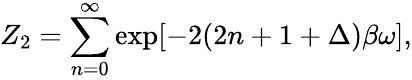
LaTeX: Z_{2}=\sum_{n=0}^{\infty}\exp[-2(2n+1+\Delta)\beta\omega],